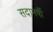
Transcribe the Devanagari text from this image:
सदामर्षी